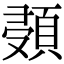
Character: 𩒸